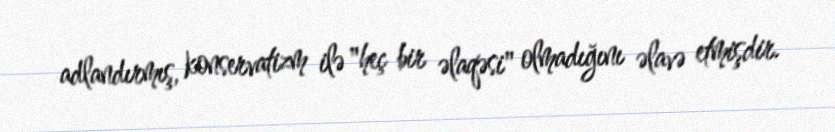
adlandırmış, konservatizm ilə "heç bir əlaqəsi" olmadığını əlavə etmişdir.